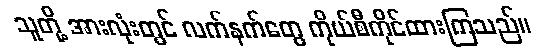
သူတို့ အားလုံးတွင် လက်နက်တွေ ကိုယ်စီကိုင်ထားကြသည်။